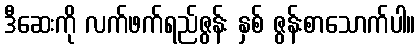
ဒီဆေးကို လက်ဖက်ရည်ဇွန်း နှစ် ဇွန်းစာသောက်ပါ။